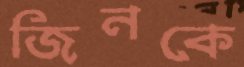
জিনকে